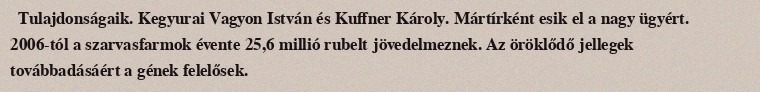
Tulajdonságaik. Kegyurai Vagyon István és Kuffner Károly. Mártírként esik el a nagy ügyért. 2006-tól a szarvasfarmok évente 25,6 millió rubelt jövedelmeznek. Az öröklődő jellegek továbbadásáért a gének felelősek.